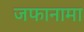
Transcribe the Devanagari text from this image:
जफानामा